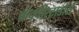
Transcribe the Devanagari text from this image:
कंक्वीस्टाडोर्स